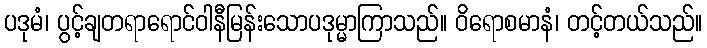
ပဒုမံ၊ ပွင့်ချတရာရောင်ဝါနီမြန်းသောပဒုမ္မာကြာသည်။ ဝိရောစမာနံ၊ တင့်တယ်သည်။